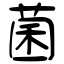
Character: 菌